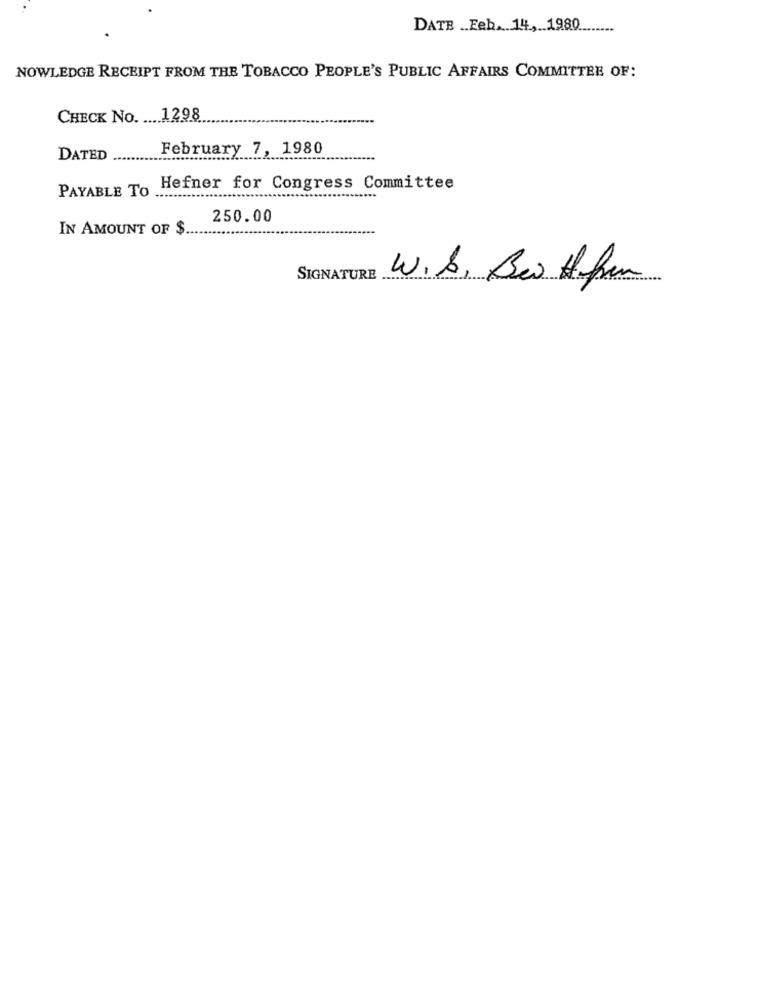
DATE .. Feb. 14, 1980
-------
NOWLEDGE RECEIPT FROM THE TOBACCO PEOPLE'S PUBLIC AFFAIRS COMMITTEE OF:
CHECK No. .... 1298
February 7, 1980
DATED
PAYABLE TO
Hefner for Congress Committee
250.00
IN AMOUNT OF $
SIGNATURE
W.b. Bei Hfun